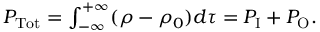
\begin{array} { r } { P _ { \mathrm { T o t } } = \int _ { - \infty } ^ { + \infty } ( \rho - \rho _ { 0 } ) d \tau = P _ { \mathrm { I } } + P _ { \mathrm { O } } . } \end{array}